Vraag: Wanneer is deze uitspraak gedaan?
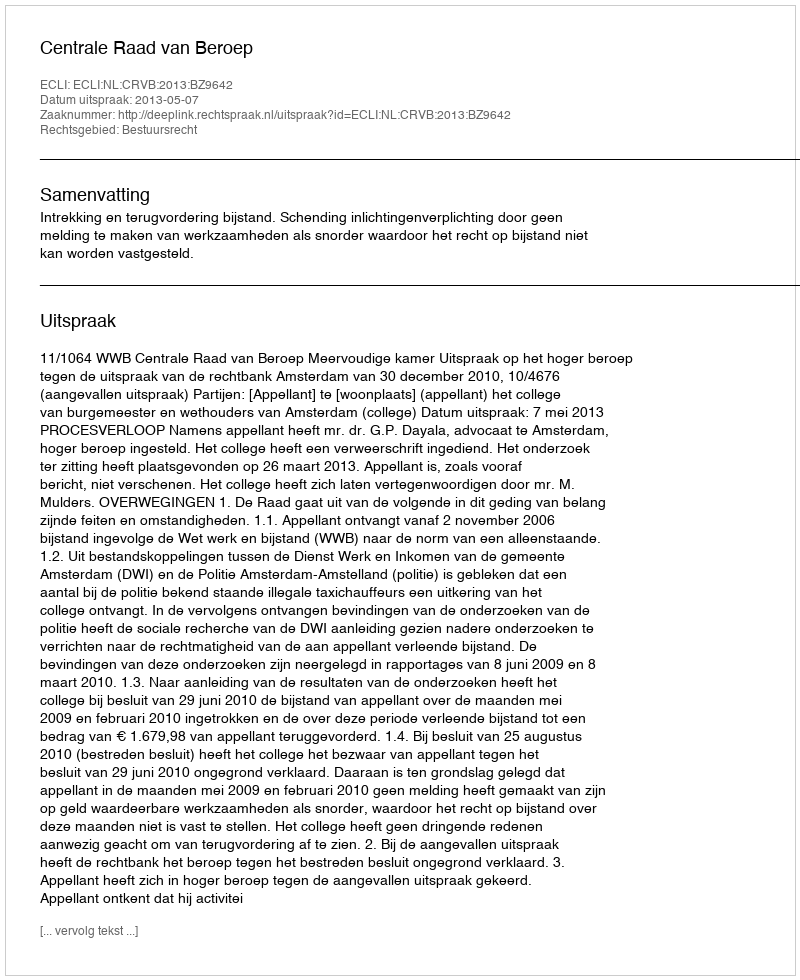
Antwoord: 2013-05-07